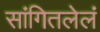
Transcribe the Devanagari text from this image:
सांगितलेलं